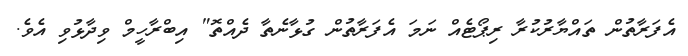
އެފަރާތުން ތައްޔާރުކުރާ ރިޕޯޓެެއް ނަމަ އެފަރާތުން ގުޅާނެތާ ދެއްތޮ" އިބްރާހީމް ވިދާޅުވި އެވެ.